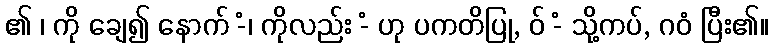
၏ ၊ ကို ချေ၍ နောက် -ံ၊ ကိုလည်း -ံ ဟု ပကတိပြု, ဝ် -ံ သို့ကပ်, ဂဝံ ပြီး၏။